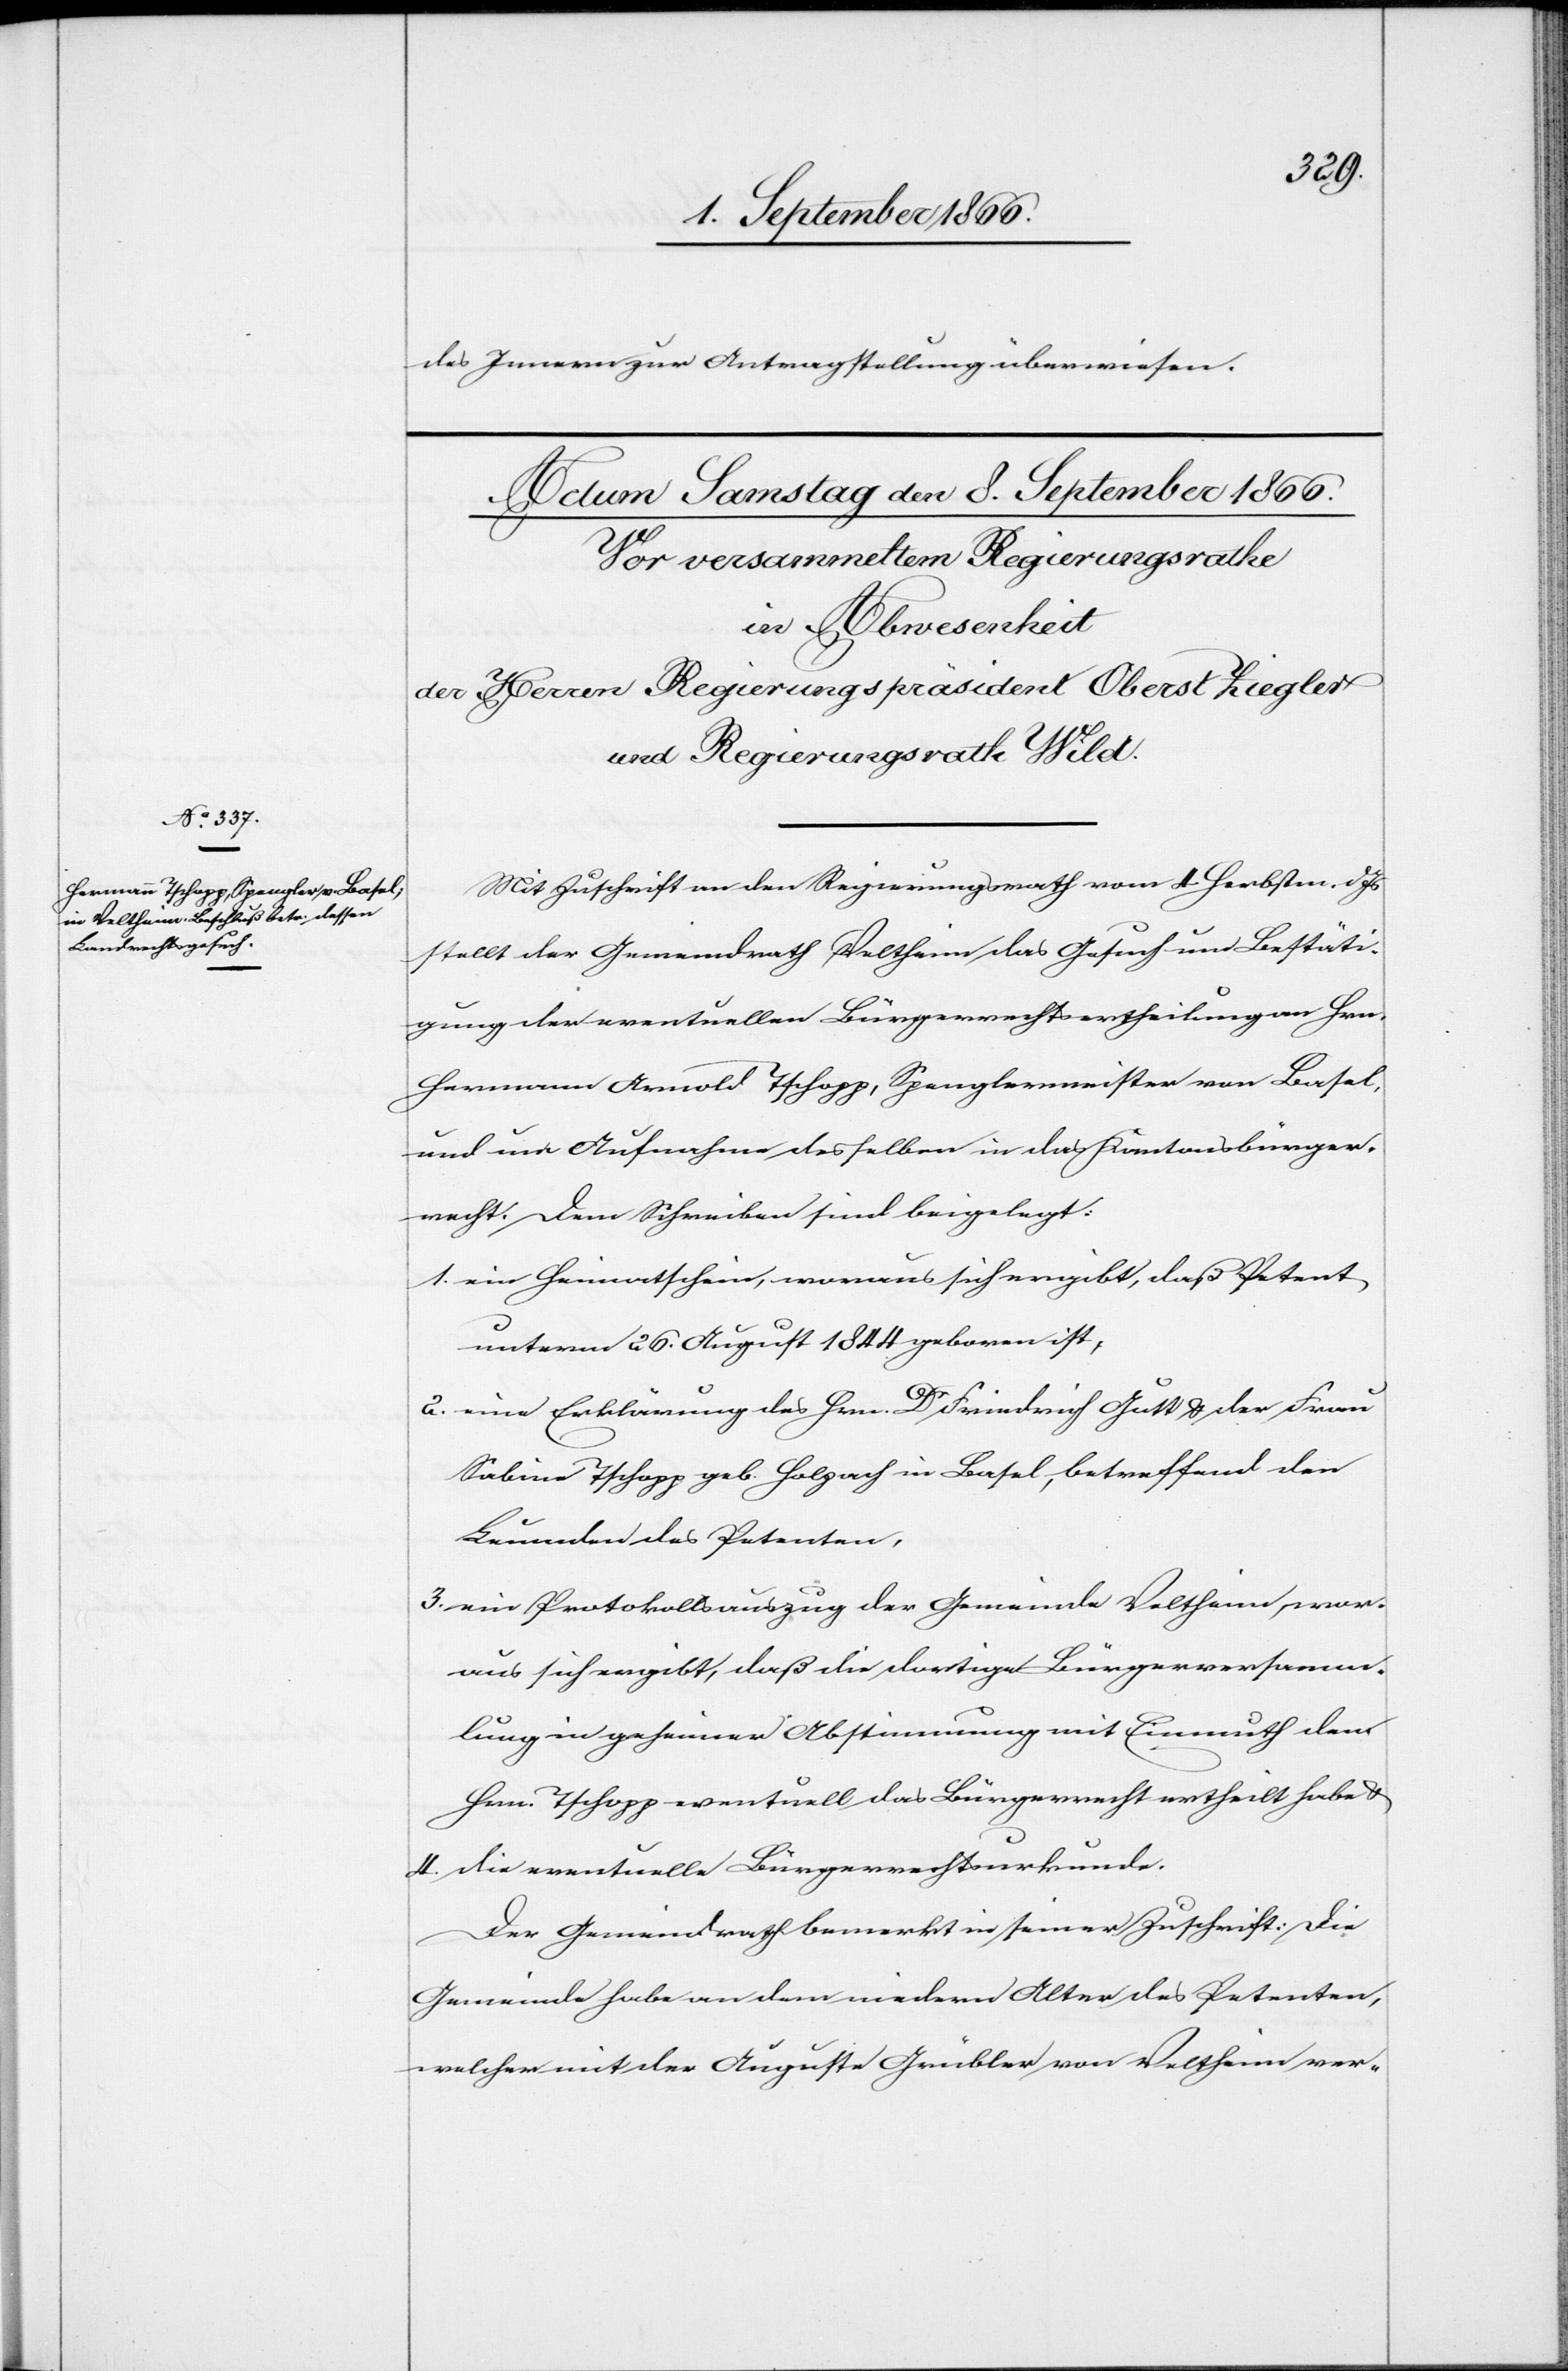
des Innern zur Antragstellung überwiesen.
Mit Zuschrift an den Regierungsrath vom 4. Herbstm. dJs.
stellt der Gemeindrath Veltheim das Gesuch um Bestäti¬
gung der eventuellen Bürgerrechtertheilung an Hrn.
Hermann Arnold Tschopp, Spenglermeister von Basel
und um Aufnahme desselben in das Kantonsbürger¬
recht. Dem Schreiben sind beigelegt:
1. ein Heimatschein, woraus sich ergibt, daß Petent
unterm 26. August 1844 geboren ist.
2. eine Erklärung des Hrn. Dr. Friedrich Gutt u. der Frau
Sabine Tschopp geb. Holzach in Basel, betreffend den
Bruder des Petenten,
3. ein Protokollsauszug der Gemeinde Veltheim, wor¬
aus sich ergibt, daß die dortige Bürgerversamm¬
lung in geheimer Abstimmung mit Einmuth dem
Hrn. Tschopp eventuell das Bürgerrecht ertheilt habe u.
4. die eventuelle Bürgerrechtsurkunde.
Der Gemeindrath bemerkt in seiner Zuschrift: Die
Gemeinde habe an dem niedern Alter des Petenten,
welcher mit der Auguste Grübler von Veltheim ver-